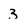
Character: 3